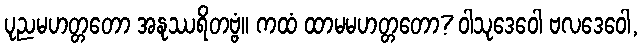
ပုညမဟတ္တတော အနုဿရိတဗ္ဗံ။ ကထံ ထာမမဟတ္တတော? ဝါသုဒေဝေါ ဗလဒေဝေါ,